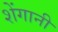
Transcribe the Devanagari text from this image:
शेंगानी